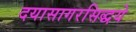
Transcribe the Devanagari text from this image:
दयासागरसिद्धये